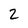
Character: 2